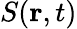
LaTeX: S(\mathbf{r},t)